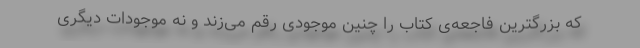
که بزرگترین فاجعه‌ی کتاب را چنین موجودی رقم می‌زند و نه موجودات دیگری